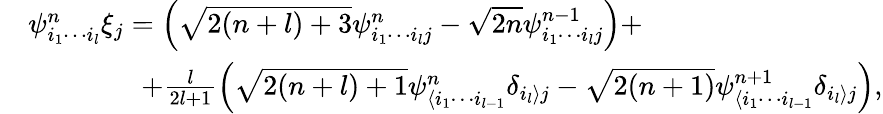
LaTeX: \begin{array}{rl}&{\psi_{i_{1}\cdots i_{l}}^{n}\xi_{j}=\left(\sqrt{2(n+l)+3}\psi_{i_{1}\cdots i_{l}j}^{n}-\sqrt{2n}\psi_{i_{1}\cdots i_{l}j}^{n-1}\right)+}\\ &{\qquad\qquad+\frac{l}{2l+1}\left(\sqrt{2(n+l)+1}\psi_{\langle i_{1}\cdots i_{l-1}}^{n}\delta_{i_{l}\rangle j}-\sqrt{2(n+1)}\psi_{\langle i_{1}\cdots i_{l-1}}^{n+1}\delta_{i_{l}\rangle j}\right),}\end{array}